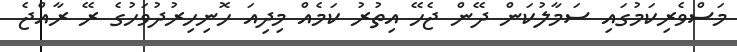
މަސްވެރިކަމުގައި ސަމާލުކަން ދޭން ޖެހޭ އިތުރު ކަމެއް މިދިއަ ހޮނިހިރުދުވަހުގެ ރޭ ރާއްޖެ